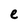
Character: e